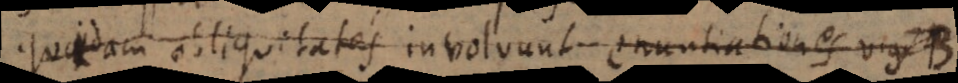
Quaedam obliquitates involvunt enuntiationes v.g. B